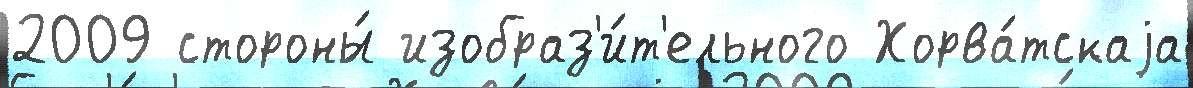
2009 стороны́ изобраз'и́т'ельного Хорва́тскаjа